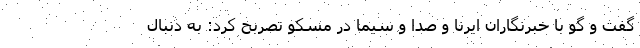
گفت و گو با خبرنگاران ایرنا و صدا و سیما در مسکو تصربح کرد: به دنبال